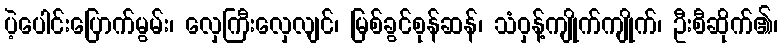
ပဲ့ပေါင်းပြောက်မွမ်း၊ လှေကြီးလှေလျင်၊ မြစ်ခွင်စုန်ဆန်၊ သံဝှန့်ကျိုက်ကျိုက်၊ ဦးစီဆိုက်၏၊